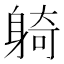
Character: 躸